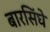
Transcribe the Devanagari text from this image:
बारसिंघे